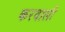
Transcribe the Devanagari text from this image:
करवाली